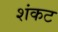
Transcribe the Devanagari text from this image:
शंकट